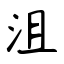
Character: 沮